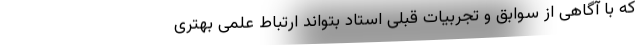
که با آگاهی از سوابق و تجربیات قبلی استاد بتواند ارتباط علمی بهتری